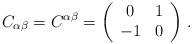
LaTeX: \begin{align*} C_{ \alpha \beta}=C^{ \alpha \beta}=\left(\begin{array}{cc}0 & 1\\-1 & 0\end{array}\right)\,.\end{align*}